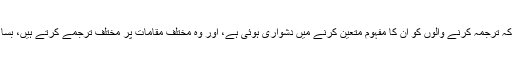
مترجمین قرآن کے یہاں ایسے مقامات کا ترجمہ دیکھیں تو اندازہ ہوتا ہے کہ ترجمہ کرنے والوں کو ان کا مفہوم متعین کرنے میں دشواری ہوئی ہے، اور وہ مختلف مقامات پر مختلف ترجمے کرتے ہیں، بسا اوقات ان ترجموں کو سمجھنا بھی دشوار ہوتا ہے، کہ ان کی مراد کیا ہے۔